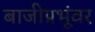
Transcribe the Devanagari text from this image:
बाजीप्रभूंवर